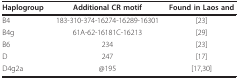
<table><thead><tr><td><b>Haplogroup</b></td><td><b>Additional CR motif</b></td><td><b>Found in Laos and</b></td></tr></thead><tbody><tr><td>B4</td><td>183-310-374-16274-16289-16301</td><td>[23]</td></tr><tr><td>B4g</td><td>61A-62-16181C-16213</td><td>[29]</td></tr><tr><td>B6</td><td>234</td><td>[23]</td></tr><tr><td>D</td><td>247</td><td>[17]</td></tr><tr><td>D4g2a</td><td>@195</td><td>[17,30]</td></tr></tbody></table>